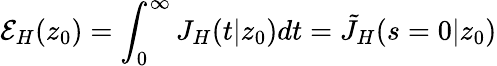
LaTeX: \mathcal{E}_{H}(z_{0})=\int_{0}^{\infty}J_{H}(t|z_{0})dt=\tilde{J}_{H}(s=0|z_{0})